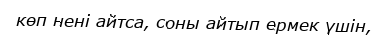
көп нені айтса, соны айтып ермек үшін,